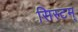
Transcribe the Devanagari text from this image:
सिस्टम्